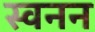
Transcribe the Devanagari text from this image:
स्वनन